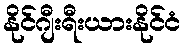
နိုင်ဂျီးရီးယားနိုင်ငံ